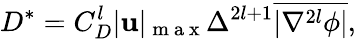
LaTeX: D^{*}={C}_{D}^{l}|\mathbf{u}|_{\mathrm{{~m~a~x~}}}\Delta^{2l+1}\overline{{{|\nabla^{2l}\phi|}}},